Scottish Certificate of Education, 1963
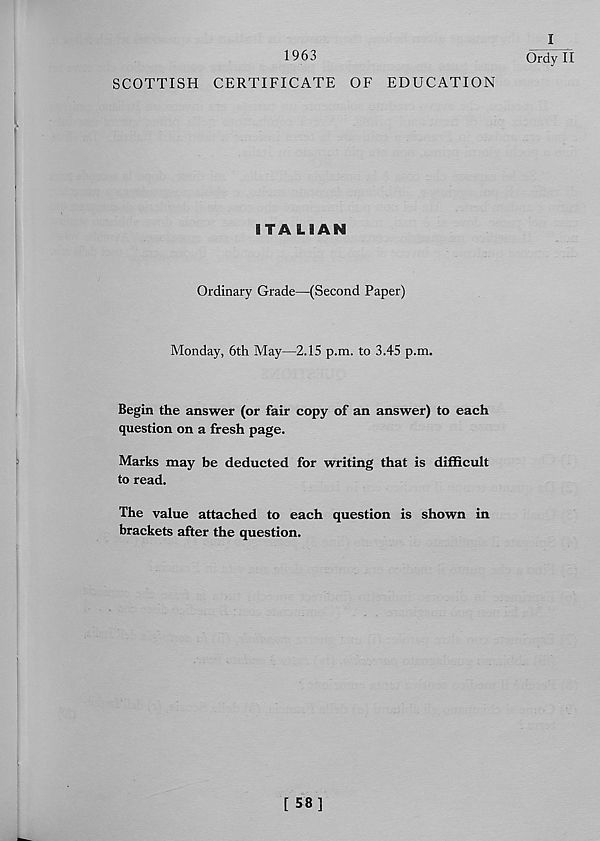
1963
SCOTTISH CERTIFICATE OF EDUCATION
ITALIAN
Ordinary Grade—(Second Paper)
Monday, 6th May—2.15 p.m. to 3.45 p.m.
Begin the answer (or fair copy of an answer) to each
question on a fresh page.
Marks may be deducted for writing that is difficult
to read.
The value attached to each question is shown in
brackets after the question.
I
Ordy II
[ 58]